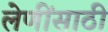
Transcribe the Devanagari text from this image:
लेणींसाठी